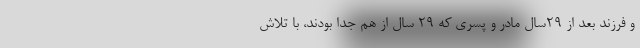
و فرزند بعد از ۲۹سال مادر و پسری که 29 سال از هم جدا بودند، با تلاش